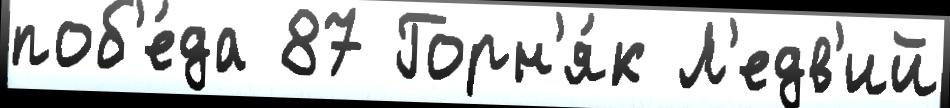
поб'е́да 87 Горн'я́к Л'едв'ий